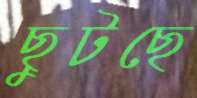
ছুটছে